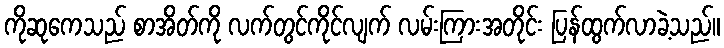
ကိုဆုကေသည် စာအိတ်ကို လက်တွင်ကိုင်လျက် လမ်းကြားအတိုင်း ပြန်ထွက်လာခဲ့သည်။